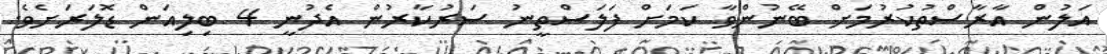
އަލުން އާރާސްތުކުރުމަށް ބޭނުންވާ ކަމަށް ފަލަސްތީނު ސަރުކާރުން އެދުނީ 4 ބިލިއަން ޑޮލަރަށެވެ.